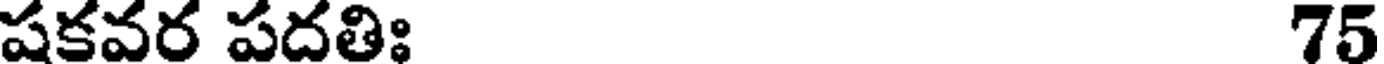
షకవర పదతిః 75